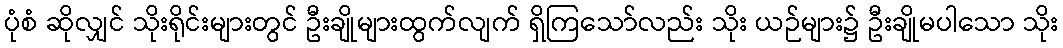
ပုံစံ ဆိုလျှင် သိုးရိုင်းများတွင် ဦးချိုများထွက်လျက် ရှိကြသော်လည်း သိုး ယဉ်များ၌ ဦးချိုမပါသော သိုး